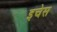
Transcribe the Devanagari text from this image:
इचेस